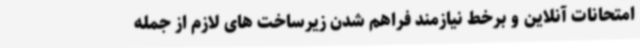
امتحانات آنلاین و برخط نیازمند فراهم شدن زیرساخت های لازم از جمله